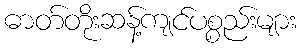
ဓာတ်တိုးဆန့်ကျင်ပစ္စည်းများ